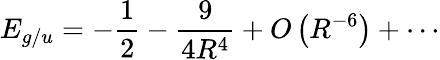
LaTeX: E_{g/u}=-{\frac{1}{2}}-{\frac{9}{4R^{4}}}+O\left(R^{-6}\right)+\cdots